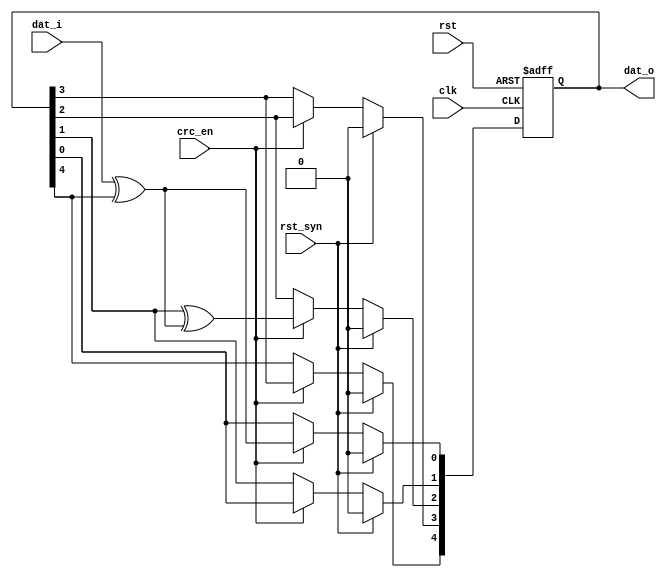
module  cfg_crc #(
        parameter  datw = 6,
        parameter  [datw - 1: 0] coff = 6'b10_0101
    )
    (
        input   clk, rst,
        input   rst_syn,
        input   crc_en,
        input   dat_i,
        output  reg  [datw - 2: 0] dat_o
    );
    
    wire    lsb	= dat_i ^ dat_o[datw - 2];
    integer i;
	
    always@(posedge clk or posedge rst)  begin
        if (rst)    
            dat_o    <= 0;
        else if (rst_syn)
            dat_o    <= 0;
        else if (crc_en)  begin
            dat_o[0] <= lsb;
            //dat_o[datw - 2: 1]	<= dat_o[datw - 3: 0] ^ coff[datw -2: 1];
			for (i = 0; i <= (datw - 3) ; i = i + 1) begin
				if (coff[i + 1])
					dat_o[i + 1] <= dat_o[i] ^ lsb;
				else
					dat_o[i + 1] <= dat_o[i];
			end
        end
    end

endmodule